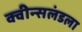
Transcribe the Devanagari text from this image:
क्वीन्सलंडला